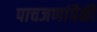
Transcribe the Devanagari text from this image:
पाचजणांपैकी